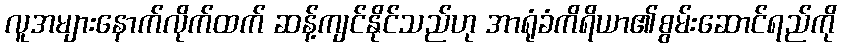
လူအများနောက်လိုက်ထက် ဆန့်ကျင်နိုင်သည်ဟု အာရုံခံကိရိယာ၏စွမ်းဆောင်ရည်ကို